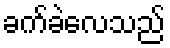
ခက်ခဲလေသည်